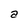
Character: a